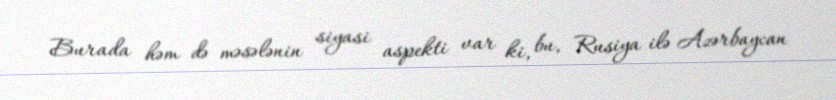
Burada həm də məsələnin siyasi aspekti var ki, bu, Rusiya ilə Azərbaycan